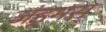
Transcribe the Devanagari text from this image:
जंड्रमस्